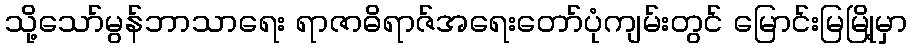
သို့သော်မွန်ဘာသာရေး ရာဇာဓိရာဇ်အရေးတော်ပုံကျမ်းတွင် မြောင်းမြမြို့မှာ